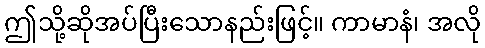
ဤသို့ဆိုအပ်ပြီးသောနည်းဖြင့်။ ကာမာနံ၊ အလို